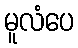
မူလံပေ